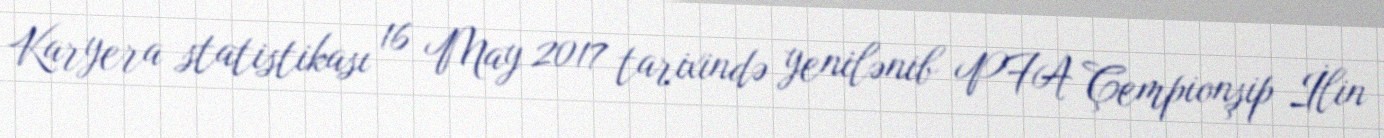
Karyera statistikası 16 May 2017 tarixində yenilənib PFA Çempionşip İlin